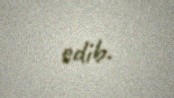
edib.